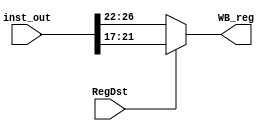
//Instruction mux
`timescale 1ns/1ps
module mux_inst_type(WB_reg, inst_out, RegDst);
output [4:0] WB_reg;
input [31:0] inst_out;
input RegDst;

assign WB_reg = RegDst ? inst_out[21:17] : inst_out[26:22];
endmodule